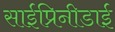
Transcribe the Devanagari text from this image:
साईप्रिनीडाई